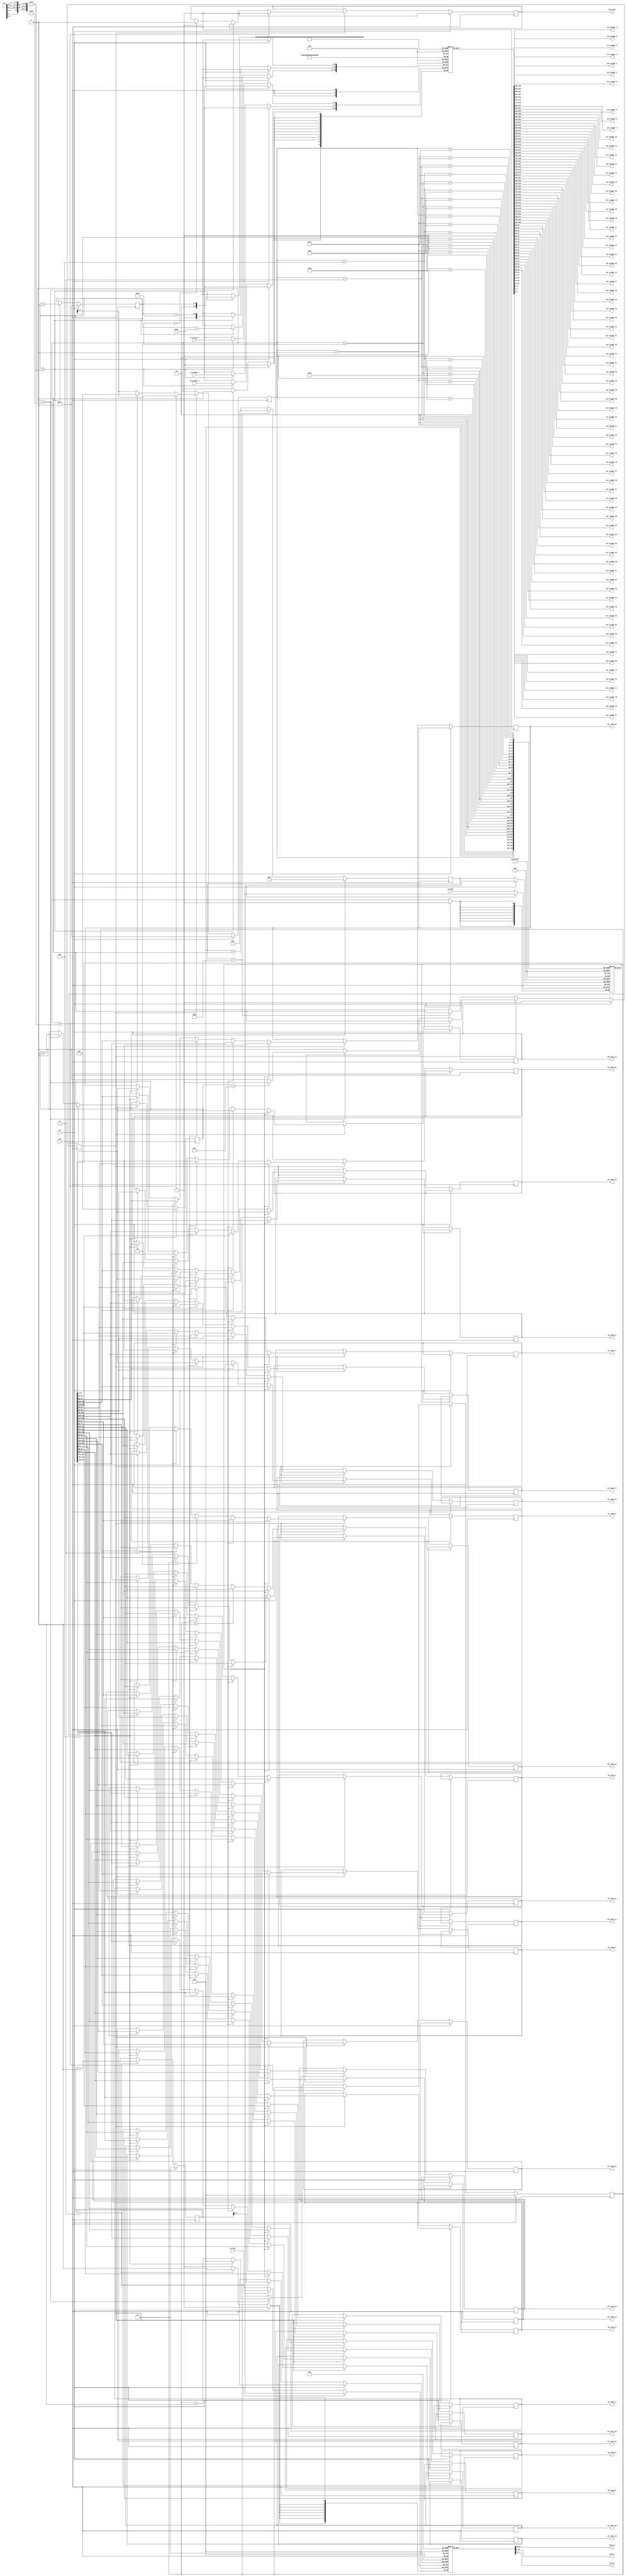
module conv_buf_5ks #( parameter WIDTH = 28, HEIGHT = 28, DATA_BIT = 8 )
(
	clk, rst,
	in_data, in_weight_1,in_weight_2, in_weight_3,in_bias,
	
	out_data_0, out_data_1, out_data_2, out_data_3, out_data_4,
	out_data_5, out_data_6, out_data_7, out_data_8, out_data_9,
	out_data_10, out_data_11, out_data_12, out_data_13, out_data_14,
	out_data_15, out_data_16, out_data_17, out_data_18, out_data_19,
	out_data_20, out_data_21, out_data_22, out_data_23, out_data_24,
	
    out_weight_0, out_weight_1,out_weight_2,out_weight_3,out_weight_4,out_weight_5,out_weight_6,
    out_weight_7,out_weight_8,out_weight_9,out_weight_10,out_weight_11,out_weight_12,out_weight_13,
    out_weight_14,out_weight_15,out_weight_16,out_weight_17,out_weight_18,out_weight_19,out_weight_20,
    out_weight_21,out_weight_22,out_weight_23,out_weight_24,out_weight_25,out_weight_26,out_weight_27,
    out_weight_28,out_weight_29,out_weight_30,out_weight_31,out_weight_32,out_weight_33,out_weight_34,
    out_weight_35,out_weight_36,out_weight_37,out_weight_38,out_weight_39,out_weight_40,out_weight_41,
    out_weight_42,out_weight_43,out_weight_44,out_weight_45,out_weight_46,out_weight_47,out_weight_48,
    out_weight_49,out_weight_50,out_weight_51,out_weight_52,out_weight_53,out_weight_54,out_weight_55,
    out_weight_56,out_weight_57,out_weight_58,out_weight_59,out_weight_60,out_weight_61,out_weight_62,
    out_weight_63,out_weight_64,out_weight_65,out_weight_66,out_weight_67,out_weight_68,out_weight_69,
    out_weight_70,out_weight_71,out_weight_72,out_weight_73,out_weight_74,
    
    bias_0, bias_1, bias_2,
	
	valid_out
);

localparam KERNEL_SIZE = 5;

input clk, rst;
input [DATA_BIT - 1 : 0]in_data;
input [3:0] in_weight_1,in_weight_2,in_weight_3;
input [7:0] in_bias;

output reg [DATA_BIT - 1:0] out_data_0, out_data_1, out_data_2, out_data_3, out_data_4,
							out_data_5, out_data_6, out_data_7, out_data_8, out_data_9,
							out_data_10, out_data_11, out_data_12, out_data_13, out_data_14,
							out_data_15, out_data_16, out_data_17, out_data_18, out_data_19,
							out_data_20, out_data_21, out_data_22, out_data_23, out_data_24;
							
output wire [3:0] out_weight_0, out_weight_1,out_weight_2,out_weight_3,out_weight_4,out_weight_5,out_weight_6,
           out_weight_7,out_weight_8,out_weight_9,out_weight_10,out_weight_11,out_weight_12,out_weight_13,
           out_weight_14,out_weight_15,out_weight_16,out_weight_17,out_weight_18,out_weight_19,out_weight_20,
           out_weight_21,out_weight_22,out_weight_23,out_weight_24,out_weight_25,out_weight_26,out_weight_27,
           out_weight_28,out_weight_29,out_weight_30,out_weight_31,out_weight_32,out_weight_33,out_weight_34,
           out_weight_35,out_weight_36,out_weight_37,out_weight_38,out_weight_39,out_weight_40,out_weight_41,
           out_weight_42,out_weight_43,out_weight_44,out_weight_45,out_weight_46,out_weight_47,out_weight_48,
           out_weight_49,out_weight_50,out_weight_51,out_weight_52,out_weight_53,out_weight_54,out_weight_55,
           out_weight_56,out_weight_57,out_weight_58,out_weight_59,out_weight_60,out_weight_61,out_weight_62,
           out_weight_63,out_weight_64,out_weight_65,out_weight_66,out_weight_67,out_weight_68,out_weight_69,
           out_weight_70,out_weight_71,out_weight_72,out_weight_73,out_weight_74;
           
output wire [7:0] bias_0, bias_1, bias_2;							
				
output reg valid_out;

reg [DATA_BIT - 1:0] buffer [0 : WIDTH * KERNEL_SIZE - 1];
reg [3:0] r_weight [0:74];
reg [7:0] r_bias [0:2];

reg [DATA_BIT - 1:0] buf_count; // Index of Buffer (28 * 5)
reg [4:0] w_count; // Index of width (28)
reg [4:0] h_count; // Index of height (28)
reg [2:0] buf_flag; // Flag of data processing 0 ~ 4
reg state; // 0 : initialize, 1: Output Selection

reg [4:0] reg_count; // Index of weight reg (25)
reg [2:0] bias_count; // Index of bias reg (3)

always @(posedge clk) begin    
	if(rst) begin
		buf_count <= -1;
		reg_count <= -1;
		bias_count <= -1;
		w_count <= -1;
		h_count <= 0;
		buf_flag <= 0;
		state <= 0;
		valid_out <= 0;
	end
	else begin
		buf_count <= buf_count + 1;
		if(buf_count == WIDTH * KERNEL_SIZE - 1) begin
			buf_count <= 0;
		end	
		buffer[buf_count] <= in_data;
		
	    if(reg_count < 24) begin
		  	reg_count <= reg_count + 1;
		  	r_weight[reg_count] <= in_weight_1;
		  	r_weight[reg_count + 25] <= in_weight_2;
		  	r_weight[reg_count + 50] <= in_weight_3;
		end
		
		if (bias_count < 3) begin
		      bias_count <= bias_count + 1;
		      r_bias[bias_count] <= in_bias;
		end
		
		// Initialization
		if(!state) begin
			if(buf_count == WIDTH * KERNEL_SIZE - 1) begin
				state <= 1;
			end
		end
		
		// Output Selection
		else begin // state == 0
			w_count <= w_count + 1;
			
			// Useless Value
			if(w_count == WIDTH - 4) begin
				valid_out <= 0;
			end

			else if(w_count == WIDTH - 1) begin
				buf_flag <= buf_flag + 1;
				if(buf_flag == KERNEL_SIZE - 1) begin
					buf_flag <= 0;
				end
				
				w_count <= 0;
				if(h_count == HEIGHT - 5) begin
					h_count <= 0;
					state <= 0;
				end
				h_count <= h_count + 1;
				
			end
			
			else if(w_count == 0) begin
				valid_out <= 1;
			end
			
			// Buffer Output Selection
			if(buf_flag == 3'd0) begin 
				out_data_0 <= buffer[w_count];
				out_data_1 <= buffer[w_count + 1]; 
				out_data_2 <= buffer[w_count + 2]; 
				out_data_3 <= buffer[w_count + 3]; 
				out_data_4 <= buffer[w_count + 4];
				
				out_data_5 <= buffer[w_count + WIDTH]; 
				out_data_6 <= buffer[w_count + 1 + WIDTH]; 
				out_data_7 <= buffer[w_count + 2 + WIDTH]; 
				out_data_8 <= buffer[w_count + 3 + WIDTH]; 
				out_data_9 <= buffer[w_count + 4 + WIDTH];
				
				out_data_10 <= buffer[w_count + (WIDTH * 2)]; 
				out_data_11 <= buffer[w_count + 1 + (WIDTH * 2)]; 
				out_data_12 <= buffer[w_count + 2 + (WIDTH * 2)]; 
				out_data_13 <= buffer[w_count + 3 + (WIDTH * 2)]; 
				out_data_14 <= buffer[w_count + 4 + (WIDTH * 2)];
				
				out_data_15 <= buffer[w_count + (WIDTH * 3)]; 
				out_data_16 <= buffer[w_count + 1 + (WIDTH * 3)]; 
				out_data_17 <= buffer[w_count + 2 + (WIDTH * 3)]; 
				out_data_18 <= buffer[w_count + 3 + (WIDTH * 3)]; 
				out_data_19 <= buffer[w_count + 4 + (WIDTH * 3)];
				
				out_data_20 <= buffer[w_count + (WIDTH * 4)]; 
				out_data_21 <= buffer[w_count + 1 + (WIDTH * 4)]; 
				out_data_22 <= buffer[w_count + 2 + (WIDTH * 4)]; 
				out_data_23 <= buffer[w_count + 3 + (WIDTH * 4)]; 
				out_data_24 <= buffer[w_count + 4 + (WIDTH * 4)];
			end
			else if(buf_flag == 3'd1) begin 
				out_data_20 <= buffer[w_count]; 
				out_data_21 <= buffer[w_count + 1]; 
				out_data_22 <= buffer[w_count + 2]; 
				out_data_23 <= buffer[w_count + 3]; 
				out_data_24 <= buffer[w_count + 4];
				
				out_data_0 <= buffer[w_count + WIDTH]; 
				out_data_1 <= buffer[w_count + 1 + WIDTH]; 
				out_data_2 <= buffer[w_count + 2 + WIDTH]; 
				out_data_3 <= buffer[w_count + 3 + WIDTH]; 
				out_data_4 <= buffer[w_count + 4 + WIDTH];
				
				out_data_5 <= buffer[w_count + (WIDTH * 2)]; 
				out_data_6 <= buffer[w_count + 1 + (WIDTH * 2)]; 
				out_data_7 <= buffer[w_count + 2 + (WIDTH * 2)]; 
				out_data_8 <= buffer[w_count + 3 + (WIDTH * 2)]; 
				out_data_9 <= buffer[w_count + 4 + (WIDTH * 2)];
				
				out_data_10 <= buffer[w_count + (WIDTH * 3)]; 
				out_data_11 <= buffer[w_count + 1 + (WIDTH * 3)]; 
				out_data_12 <= buffer[w_count + 2 + (WIDTH * 3)]; 
				out_data_13 <= buffer[w_count + 3 + (WIDTH * 3)]; 
				out_data_14 <= buffer[w_count + 4 + (WIDTH * 3)];
				
				out_data_15 <= buffer[w_count + (WIDTH * 4)]; 
				out_data_16 <= buffer[w_count + 1 + (WIDTH * 4)]; 
				out_data_17 <= buffer[w_count + 2 + (WIDTH * 4)]; 
				out_data_18 <= buffer[w_count + 3 + (WIDTH * 4)]; 
				out_data_19 <= buffer[w_count + 4 + (WIDTH * 4)];
			end	
			else if(buf_flag == 3'd2) begin
				out_data_15 <= buffer[w_count]; 
				out_data_16 <= buffer[w_count + 1]; 
				out_data_17 <= buffer[w_count + 2]; 
				out_data_18 <= buffer[w_count + 3]; 
				out_data_19 <= buffer[w_count + 4];
				
				out_data_20 <= buffer[w_count + WIDTH]; 
				out_data_21 <= buffer[w_count + 1 + WIDTH]; 
				out_data_22 <= buffer[w_count + 2 + WIDTH]; 
				out_data_23 <= buffer[w_count + 3 + WIDTH]; 
				out_data_24 <= buffer[w_count + 4 + WIDTH];
				
				out_data_0 <= buffer[w_count + (WIDTH * 2)]; 
				out_data_1 <= buffer[w_count + 1 + (WIDTH * 2)]; 
				out_data_2 <= buffer[w_count + 2 + (WIDTH * 2)]; 
				out_data_3 <= buffer[w_count + 3 + (WIDTH * 2)]; 
				out_data_4 <= buffer[w_count + 4 + (WIDTH * 2)];
				
				out_data_5 <= buffer[w_count + (WIDTH * 3)]; 
				out_data_6 <= buffer[w_count + 1 + (WIDTH * 3)]; 
				out_data_7 <= buffer[w_count + 2 + (WIDTH * 3)]; 
				out_data_8 <= buffer[w_count + 3 + (WIDTH * 3)]; 
				out_data_9 <= buffer[w_count + 4 + (WIDTH * 3)];
				
				out_data_10 <= buffer[w_count + (WIDTH * 4)]; 
				out_data_11 <= buffer[w_count + 1 + (WIDTH * 4)]; 
				out_data_12 <= buffer[w_count + 2 + (WIDTH * 4)]; 
				out_data_13 <= buffer[w_count + 3 + (WIDTH * 4)]; 
				out_data_14 <= buffer[w_count + 4 + (WIDTH * 4)];
			end
			else if(buf_flag == 3'd3) begin
				out_data_10 <= buffer[w_count]; 
				out_data_11 <= buffer[w_count + 1]; 
				out_data_12 <= buffer[w_count + 2]; 
				out_data_13 <= buffer[w_count + 3]; 
				out_data_14 <= buffer[w_count + 4];
				
				out_data_15 <= buffer[w_count + WIDTH]; 
				out_data_16 <= buffer[w_count + 1 + WIDTH]; 
				out_data_17 <= buffer[w_count + 2 + WIDTH]; 
				out_data_18 <= buffer[w_count + 3 + WIDTH]; 
				out_data_19 <= buffer[w_count + 4 + WIDTH];
				
				out_data_20 <= buffer[w_count + (WIDTH * 2)]; 
				out_data_21 <= buffer[w_count + 1 + (WIDTH * 2)]; 
				out_data_22 <= buffer[w_count + 2 + (WIDTH * 2)]; 
				out_data_23 <= buffer[w_count + 3 + (WIDTH * 2)]; 
				out_data_24 <= buffer[w_count + 4 + (WIDTH * 2)];
				
				out_data_0 <= buffer[w_count + (WIDTH * 3)]; 
				out_data_1 <= buffer[w_count + 1 + (WIDTH * 3)]; 
				out_data_2 <= buffer[w_count + 2 + (WIDTH * 3)]; 
				out_data_3 <= buffer[w_count + 3 + (WIDTH * 3)]; 
				out_data_4 <= buffer[w_count + 4 + (WIDTH * 3)];
				
				out_data_5 <= buffer[w_count + (WIDTH * 4)]; 
				out_data_6 <= buffer[w_count + 1 + (WIDTH * 4)]; 
				out_data_7 <= buffer[w_count + 2 + (WIDTH * 4)]; 
				out_data_8 <= buffer[w_count + 3 + (WIDTH * 4)]; 
				out_data_9 <= buffer[w_count + 4 + (WIDTH * 4)];
			end
			else if(buf_flag == 3'd4) begin
				out_data_5 <= buffer[w_count]; 
				out_data_6 <= buffer[w_count + 1]; 
				out_data_7 <= buffer[w_count + 2]; 
				out_data_8 <= buffer[w_count + 3]; 
				out_data_9 <= buffer[w_count + 4];
				
				out_data_10 <= buffer[w_count + WIDTH]; 
				out_data_11 <= buffer[w_count + 1 + WIDTH]; 
				out_data_12 <= buffer[w_count + 2 + WIDTH]; 
				out_data_13 <= buffer[w_count + 3 + WIDTH]; 
				out_data_14 <= buffer[w_count + 4 + WIDTH];
				
				out_data_15 <= buffer[w_count + (WIDTH * 2)]; 
				out_data_16 <= buffer[w_count + 1 + (WIDTH * 2)]; 
				out_data_17 <= buffer[w_count + 2 + (WIDTH * 2)]; 
				out_data_18 <= buffer[w_count + 3 + (WIDTH * 2)]; 
				out_data_19 <= buffer[w_count + 4 + (WIDTH * 2)];
				
				out_data_20 <= buffer[w_count + (WIDTH * 3)]; 
				out_data_21 <= buffer[w_count + 1 + (WIDTH * 3)]; 
				out_data_22 <= buffer[w_count + 2 + (WIDTH * 3)]; 
				out_data_23 <= buffer[w_count + 3 + (WIDTH * 3)]; 
				out_data_24 <= buffer[w_count + 4 + (WIDTH * 3)];
				
				out_data_0 <= buffer[w_count + (WIDTH * 4)]; 
				out_data_1 <= buffer[w_count + 1 + (WIDTH * 4)]; 
				out_data_2 <= buffer[w_count + 2 + (WIDTH * 4)]; 
				out_data_3 <= buffer[w_count + 3 + (WIDTH * 4)]; 
				out_data_4 <= buffer[w_count + 4 + (WIDTH * 4)];
			end
			
		end
	end
end

assign out_weight_0 = r_weight[0];
assign out_weight_1 = r_weight[1];
assign out_weight_2 = r_weight[2];
assign out_weight_3 = r_weight[3];
assign out_weight_4 = r_weight[4];
assign out_weight_5 = r_weight[5];
assign out_weight_6 = r_weight[6];
assign out_weight_7 = r_weight[7];
assign out_weight_8 = r_weight[8];
assign out_weight_9 = r_weight[9];
assign out_weight_10 = r_weight[10];
assign out_weight_11 = r_weight[11];
assign out_weight_12 = r_weight[12];
assign out_weight_13 = r_weight[13];
assign out_weight_14 = r_weight[14];
assign out_weight_15 = r_weight[15];
assign out_weight_16 = r_weight[16];
assign out_weight_17 = r_weight[17];
assign out_weight_18 = r_weight[18];
assign out_weight_19 = r_weight[19];
assign out_weight_20 = r_weight[20];
assign out_weight_21 = r_weight[21];
assign out_weight_22 = r_weight[22];
assign out_weight_23 = r_weight[23];
assign out_weight_24 = r_weight[24];
assign out_weight_25 = r_weight[25];
assign out_weight_26 = r_weight[26];
assign out_weight_27 = r_weight[27];
assign out_weight_28 = r_weight[28];
assign out_weight_29 = r_weight[29];
assign out_weight_30 = r_weight[30];
assign out_weight_31 = r_weight[31];
assign out_weight_32 = r_weight[32];
assign out_weight_33 = r_weight[33];
assign out_weight_34 = r_weight[34];
assign out_weight_35 = r_weight[35];
assign out_weight_36 = r_weight[36];
assign out_weight_37 = r_weight[37];
assign out_weight_38 = r_weight[38];
assign out_weight_39 = r_weight[39];
assign out_weight_40 = r_weight[40];
assign out_weight_41 = r_weight[41];
assign out_weight_42 = r_weight[42];
assign out_weight_43 = r_weight[43];
assign out_weight_44 = r_weight[44];
assign out_weight_45 = r_weight[45];
assign out_weight_46 = r_weight[46];
assign out_weight_47 = r_weight[47];
assign out_weight_48 = r_weight[48];
assign out_weight_49 = r_weight[49];
assign out_weight_50 = r_weight[50];
assign out_weight_51 = r_weight[51];
assign out_weight_52 = r_weight[52];
assign out_weight_53 = r_weight[53];
assign out_weight_54 = r_weight[54];
assign out_weight_55 = r_weight[55];
assign out_weight_56 = r_weight[56];
assign out_weight_57 = r_weight[57];
assign out_weight_58 = r_weight[58];
assign out_weight_59 = r_weight[59];
assign out_weight_60 = r_weight[60];
assign out_weight_61 = r_weight[61];
assign out_weight_62 = r_weight[62];
assign out_weight_63 = r_weight[63];
assign out_weight_64 = r_weight[64];
assign out_weight_65 = r_weight[65];
assign out_weight_66 = r_weight[66];
assign out_weight_67 = r_weight[67];
assign out_weight_68 = r_weight[68];
assign out_weight_69 = r_weight[69];
assign out_weight_70 = r_weight[70];
assign out_weight_71 = r_weight[71];
assign out_weight_72 = r_weight[72];
assign out_weight_73 = r_weight[73];
assign out_weight_74 = r_weight[74];

assign bias_0 = r_bias[0];
assign bias_1 = r_bias[1];
assign bias_2 = r_bias[2];

endmodule